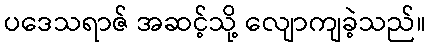
ပဒေသရာဇ် အဆင့်သို့ လျောကျခဲ့သည်။